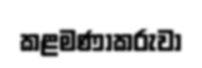
කළමණාකරුවා